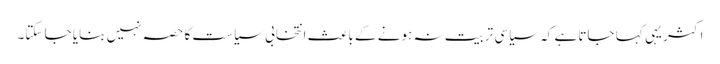
اکثر یہی کہا جاتا ہے کہ سیاسی تربیت نہ ہونے کے باعث انتخابی سیاست کا حصہ نہیں بنایا جا سکتا۔